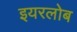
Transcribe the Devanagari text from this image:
इयरलोब